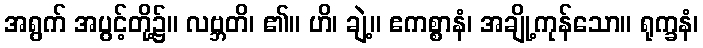
အရွက် အပွင့်တို့၌။ လဗ္ဘတိ၊ ၏။ ဟိ၊ ချဲ့။ ဧကစ္စာနံ၊ အချို့ကုန်သော။ ရုက္ခနံ၊